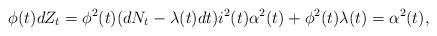
LaTeX: \begin{align*}\phi(t)dZ_t= \phi^2(t)(dN_t-\lambda(t) dt) i^2(t)\alpha^2(t)+ \phi^2(t)\lambda(t)= \alpha^2(t),\end{align*}